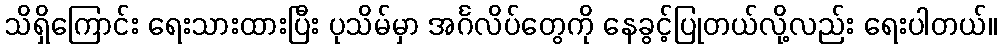
သိရှိကြောင်း ရေးသားထားပြီး ပုသိမ်မှာ အင်္ဂလိပ်တွေကို နေခွင့်ပြုတယ်လို့လည်း ရေးပါတယ်။